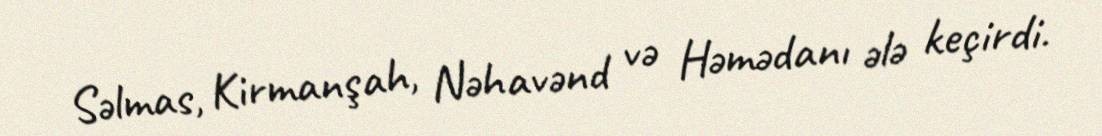
Səlmas, Kirmanşah, Nəhavənd və Həmədanı ələ keçirdi.